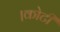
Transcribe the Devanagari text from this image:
।कोटी